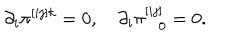
\partial _ { i } \pi ^ { [ i j ] k } = 0 , \quad \partial _ { i } \pi _ { \ \ \ 0 } ^ { [ i j ] } = 0 .